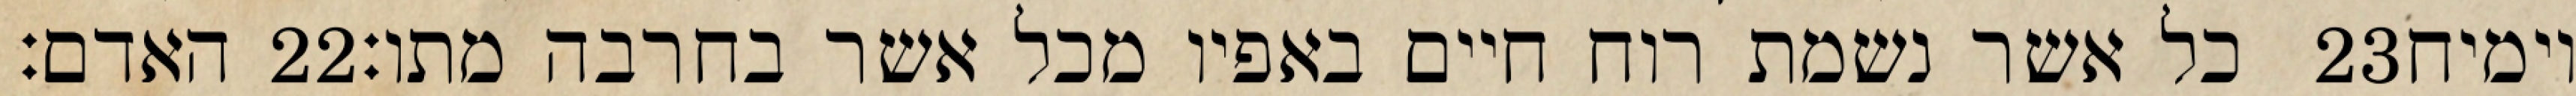
האדם׃ ‎22‏ כל אשר נשמת רוח חיים באפיו מכל אשר בחרבה מתו׃ ‎23‏ וימיח